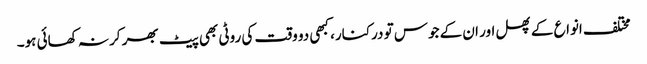
مختلف انواع کے پھل اور ان کے جوس تو درکنار، کبھی دو وقت کی روٹی بھی پیٹ بھر کر نہ کھائی ہو۔